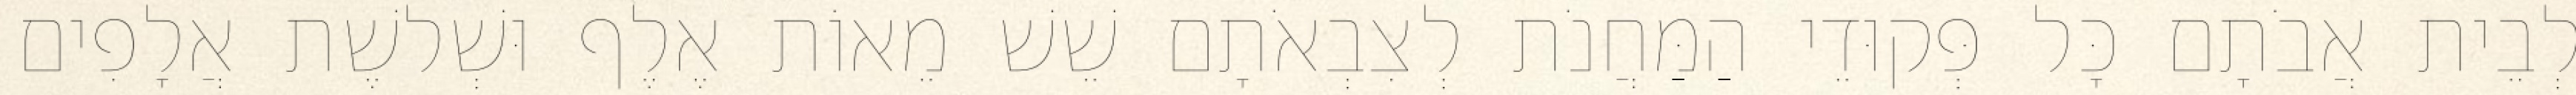
לְבֵית אֲבֹתָם כָּל פְּקוּדֵי הַמַּחֲנֹת לְצִבְאֹתָם שֵׁשׁ מֵאוֹת אֶלֶף וּשְׁלשֶׁת אֲלָפִים